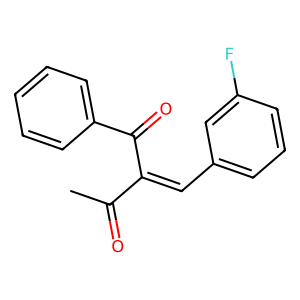
SMILES: CC(=O)C(=Cc1cccc(F)c1)C(=O)c1ccccc1
Inhibits HIV replication: No